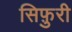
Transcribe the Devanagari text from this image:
सिफ़ुरी